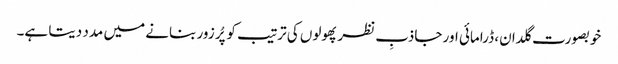
خوبصورت گلدان، ڈرامائی اور جاذبِ نظر پھولوں کی ترتیب کو پُر زور بنانے میں مدد دیتا ہے۔